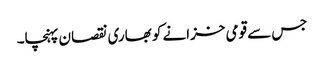
جس سے قومی خزانے کو بھاری نقصان پہنچا۔